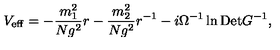
V _ { \mathrm { e f f } } = - \frac { m _ { 1 } ^ { 2 } } { N g ^ { 2 } } r - \frac { m _ { 2 } ^ { 2 } } { N g ^ { 2 } } r ^ { - 1 } - i \Omega ^ { - 1 } \ln \mathrm { D e t } G ^ { - 1 } ,